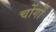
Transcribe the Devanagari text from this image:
चोंगों